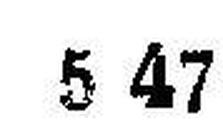
5 47